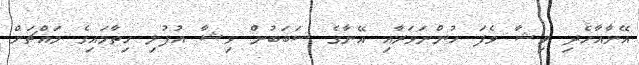
އޭނާއާހެދި ވިޝާ ވެފަ ހުންނަވަރާއި އޭނާގެ ސަބަބުން ވިޝާ އުފުލި ހިތާމައިގެ މައްޗަށް